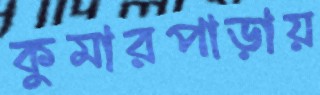
কুমারপাড়ায়